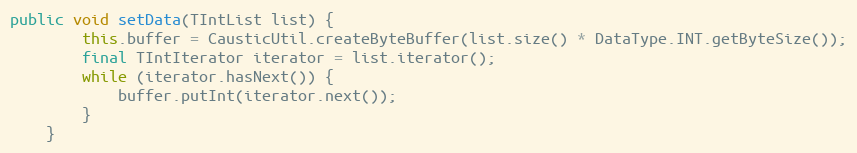
Language: Java
public void setData(TIntList list) {
        this.buffer = CausticUtil.createByteBuffer(list.size() * DataType.INT.getByteSize());
        final TIntIterator iterator = list.iterator();
        while (iterator.hasNext()) {
            buffer.putInt(iterator.next());
        }
    }